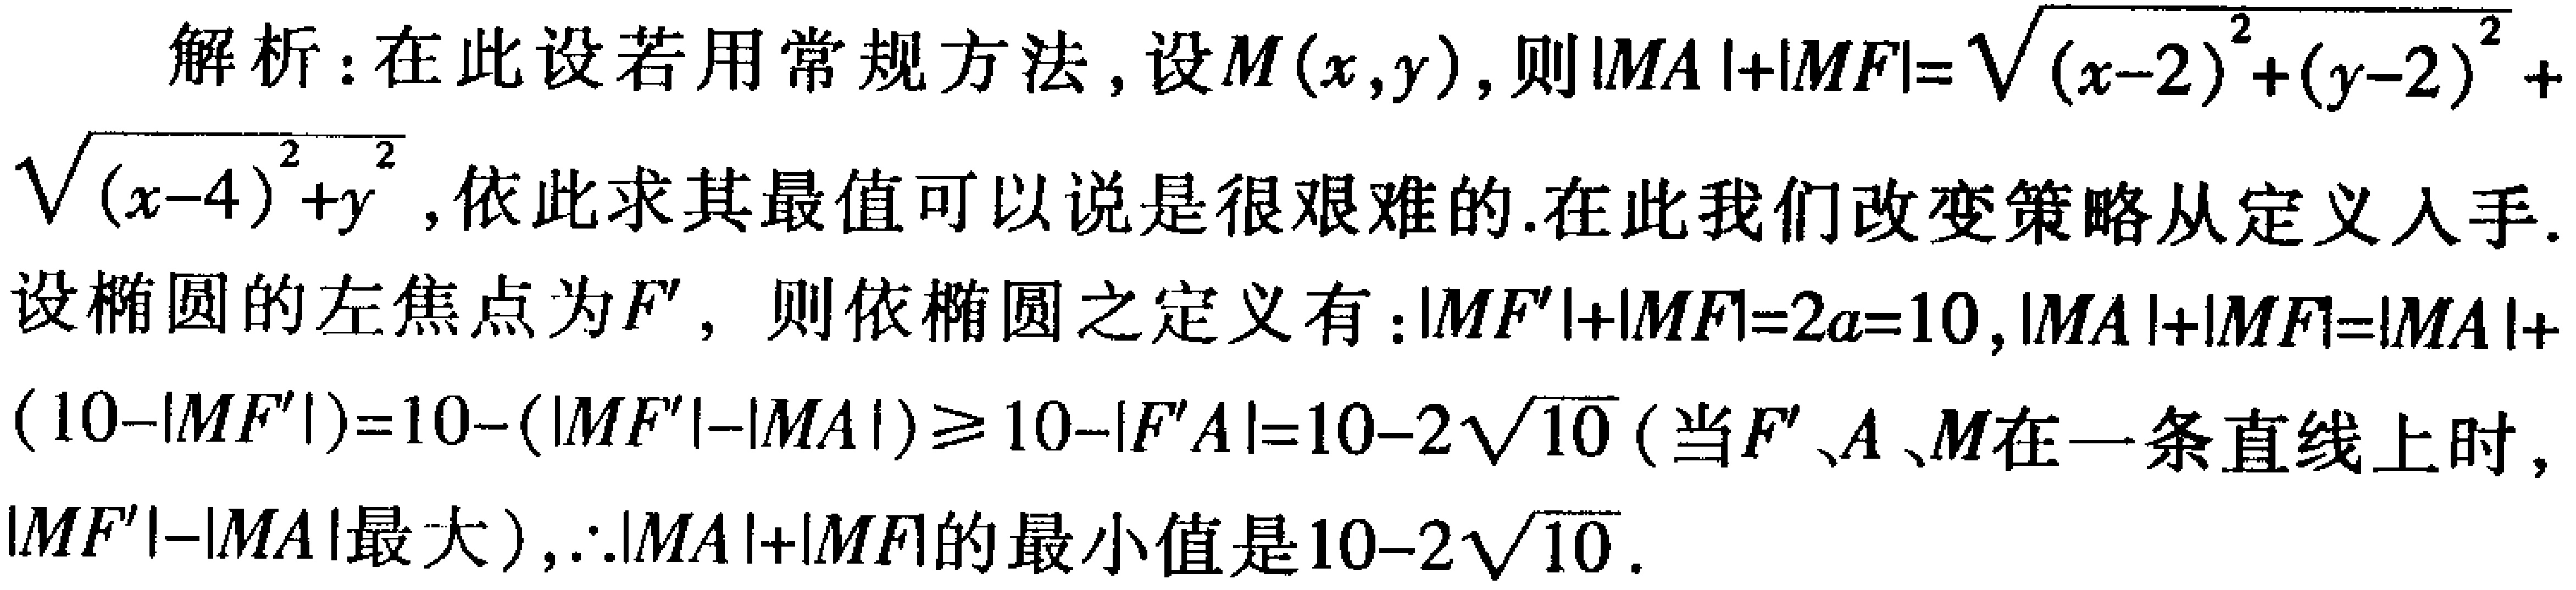
解析：在此设若用常规方法，设\(M(x,y)\)，则\(\vert MA\vert+\vert MF\vert=\sqrt{(x - 2)^2+(y - 2)^2}+\sqrt{(x - 4)^2+y^2}\)，依此求其最值可以说是很艰难的.在此我们改变策略从定义入手.设椭圆的左焦点为\(F'\)，则依椭圆之定义有：\(\vert MF'\vert+\vert MF\vert=2a = 10\)，\(\vert MA\vert+\vert MF\vert=\vert MA\vert+(10-\vert MF'\vert)=10-(\vert MF'\vert-\vert MA\vert)\geqslant10-\vert F'A\vert=10 - 2\sqrt{10}\)（当\(F'\)、\(A\)、\(M\)在一条直线上时，\(\vert MF'\vert-\vert MA\vert\)最大），\(\therefore\vert MA\vert+\vert MF\vert\)的最小值是\(10 - 2\sqrt{10}\).